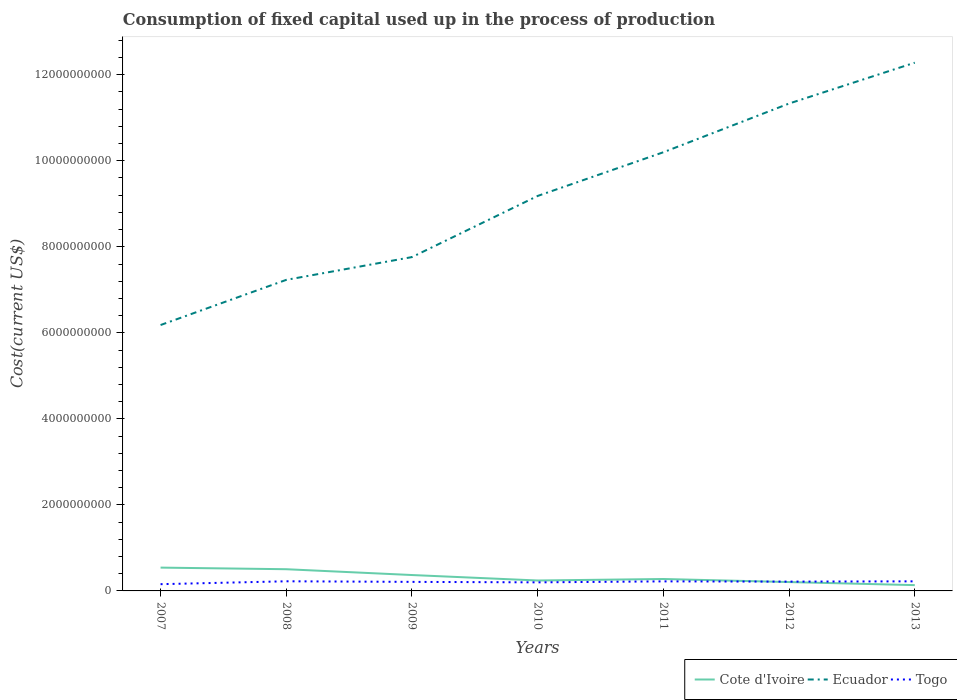
| Years | Cote d'Ivoire | Ecuador | Togo |
 | --- | --- | --- | --- |
 | 2007 | 5.42e+08 | 6.18e+09 | 1.57e+08 |
 | 2008 | 5.04e+08 | 7.23e+09 | 2.24e+08 |
 | 2009 | 3.7e+08 | 7.76e+09 | 2.1e+08 |
 | 2010 | 2.42e+08 | 9.18e+09 | 1.99e+08 |
 | 2011 | 2.77e+08 | 1.02e+10 | 2.22e+08 |
 | 2012 | 2.06e+08 | 1.13e+10 | 2.16e+08 |
 | 2013 | 1.35e+08 | 1.23e+10 | 2.23e+08 |